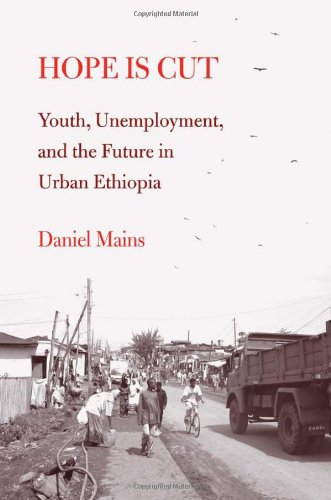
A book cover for Hope Is Cut: Youth, Unemployment, and the Future in Urban Ethiopia (Global Youth); Daniel Mains; History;